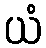
ယံ